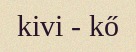
kivi - kő